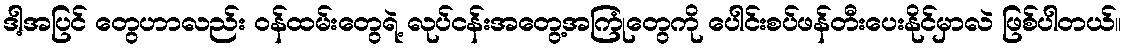
ဒါ့အပြင် တွေဟာလည်း ဝန်ထမ်းတွေရဲ့ လုပ်ငန်းအတွေ့အကြုံတွေကို ပေါင်းစပ်ဖန်တီးပေးနိုင်မှာလဲ ဖြစ်ပါတယ်။